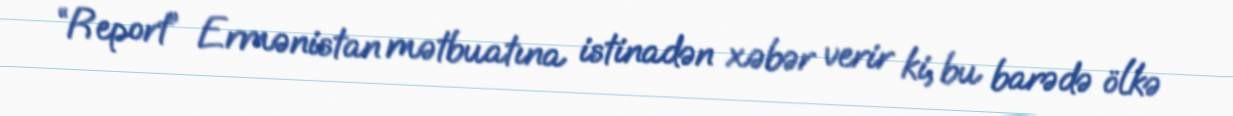
“Report” Ermənistan mətbuatına istinadən xəbər verir ki, bu barədə ölkə